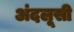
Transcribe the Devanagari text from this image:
अंदलूसी